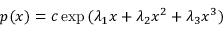
p ( x ) = c \exp { ( \lambda _ { 1 } x + \lambda _ { 2 } x ^ { 2 } + \lambda _ { 3 } x ^ { 3 } ) }